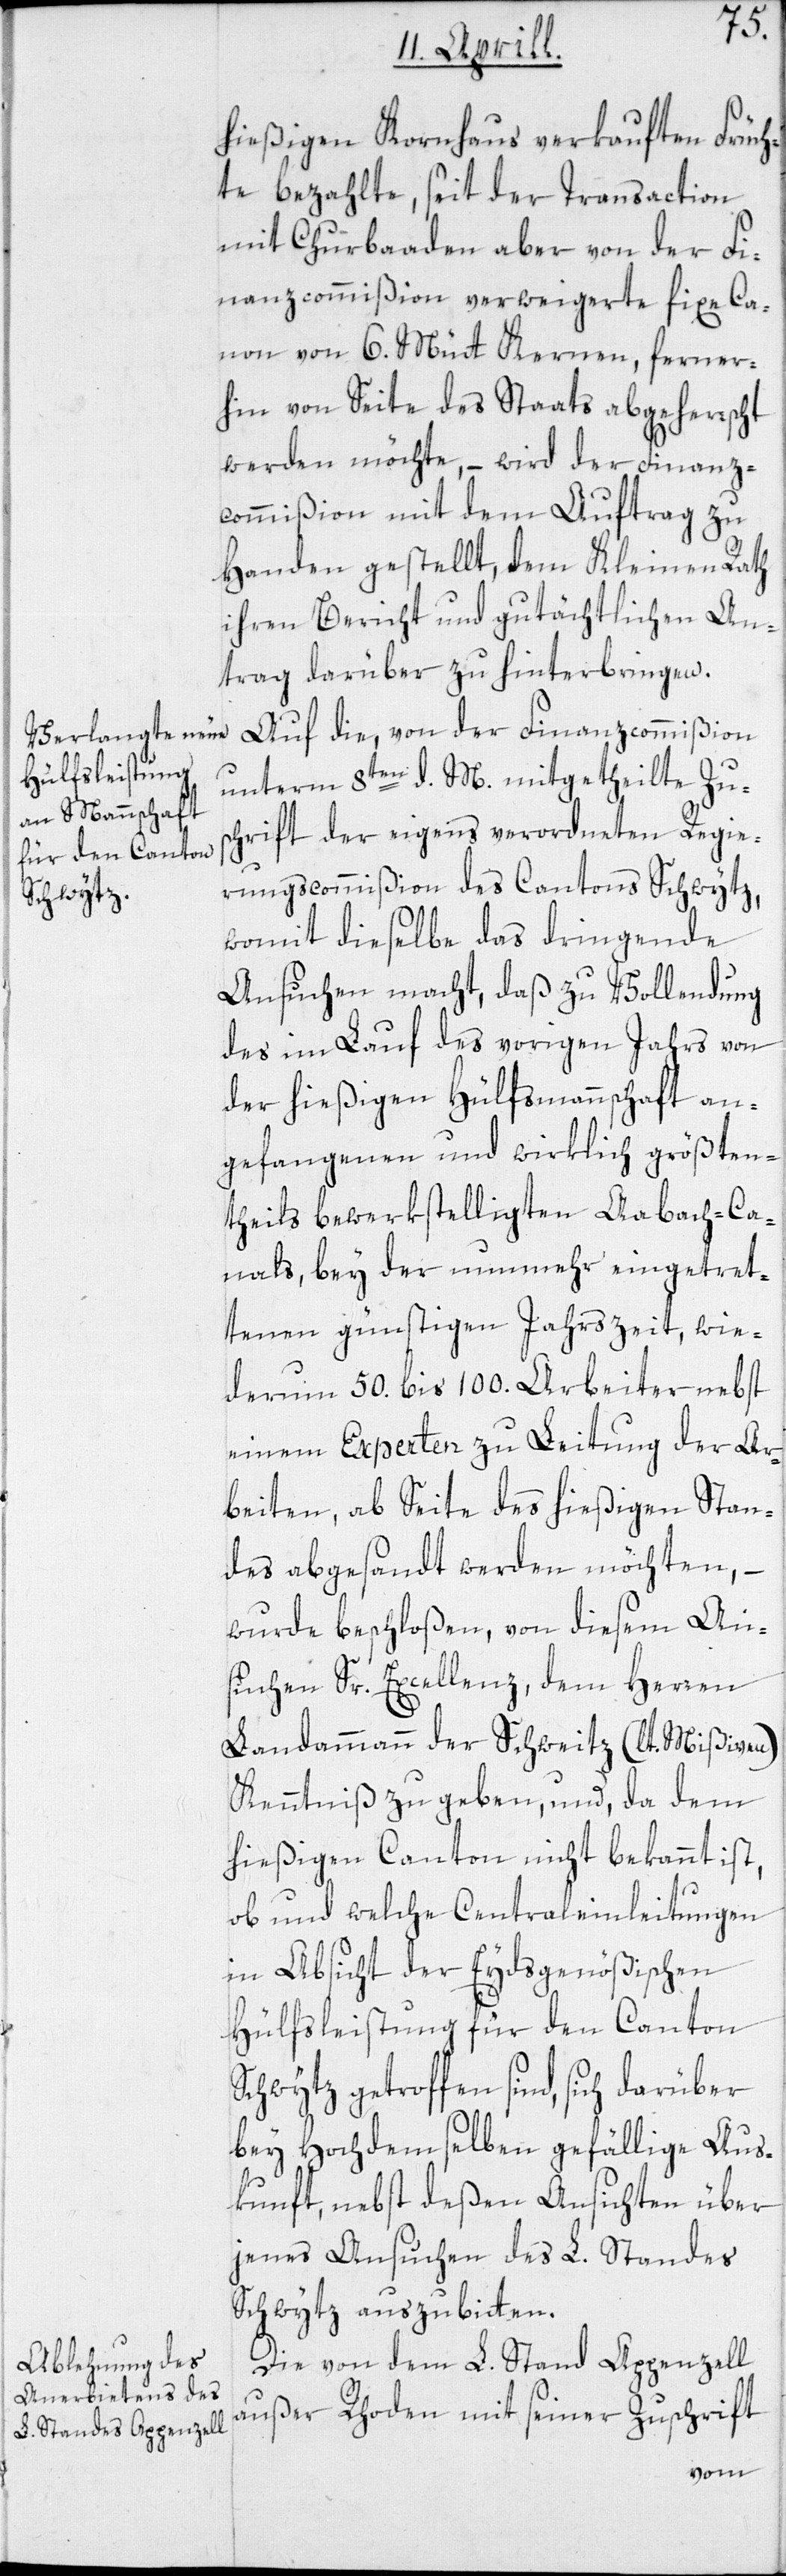
hießigen Kornhaus verkauften Früch¬
te bezahlte, seit der Transaction
mit Churbaaden aber von der Fi¬
nanzcommißion verweigerte fixe Ca¬
non von 6. Mütt Kernen, ferner¬
hin von Seite des Staats abgeherrscht
werden möchte, – wird der Finanz¬
commißion mit dem Auftrag zu
Handen gestellt, dem Kleinen Rath
ihren Bericht und gutächtlichen An¬
trag darüber zu hinterbringen.
Auf die, von der Finanzcommißion
unterm 8ten d. M. mitgetheilte Zu¬
schrift der eigens verordneten Regie¬
rungscommißion des Cantons Schwytz,
womit dieselbe das dringende
Ansuchen macht, daß zu Vollendung
des im Lauf des vorigen Jahrs von
der hießigen Hülfsmannschaft an¬
gefangenen und wirklich größten¬
theils bewerkstelligten Aabach-Ca¬
nals, bey der nunmehr eingetret¬
enen günstigen Jahrszeit, wie¬
derum 50. bis 100. Arbeiter nebst
einem Experten zu Leitung der Ar¬
beiten, ab Seite des hießigen Stan¬
des abgesandt werden möchten, –
wurde beschloßen, von diesem An¬
suchen Sr Excellenz, dem Herren
Landammann der Schweitz (lt. Mißiven)
Kenntniß zu geben, und, da dem
hießigen Canton nicht bekannt ist,
ob und welche Centraleinleitungen
in Absicht der Eydsgenößischen
Hülfsleistung für den Canton
Schwytz getroffen sind, sich darüber
bey Hochdemselben gefällige Aus¬
kunft, nebst deßen Ansichten über
jenes Ansuchen des L. Standes
Schwytz auszubitten.
Die von dem L. Stand Appenzell
außer Rhoden mit seiner Zuschrift